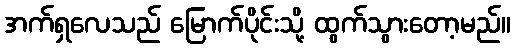
အက်ရှလေသည် မြောက်ပိုင်းသို့ ထွက်သွားတော့မည်။